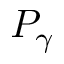
P _ { \gamma }